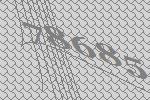
78685